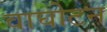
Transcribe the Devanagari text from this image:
वाघोटन